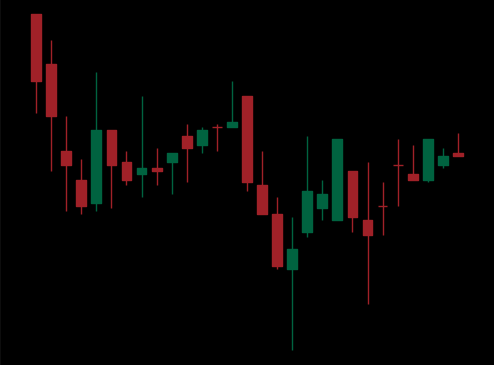
Pattern: inverse_head_shoulders